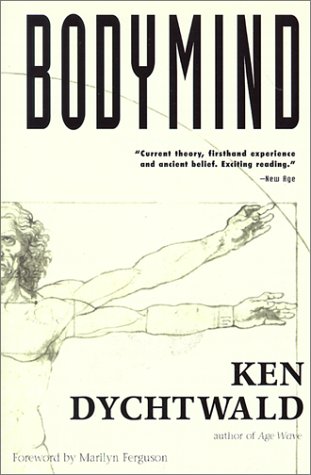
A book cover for Bodymind; Ken Dychtwald; Health, Fitness & Dieting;